Lunatic asylums Madras 1892-1911 - 1892-1911
Year: 1892
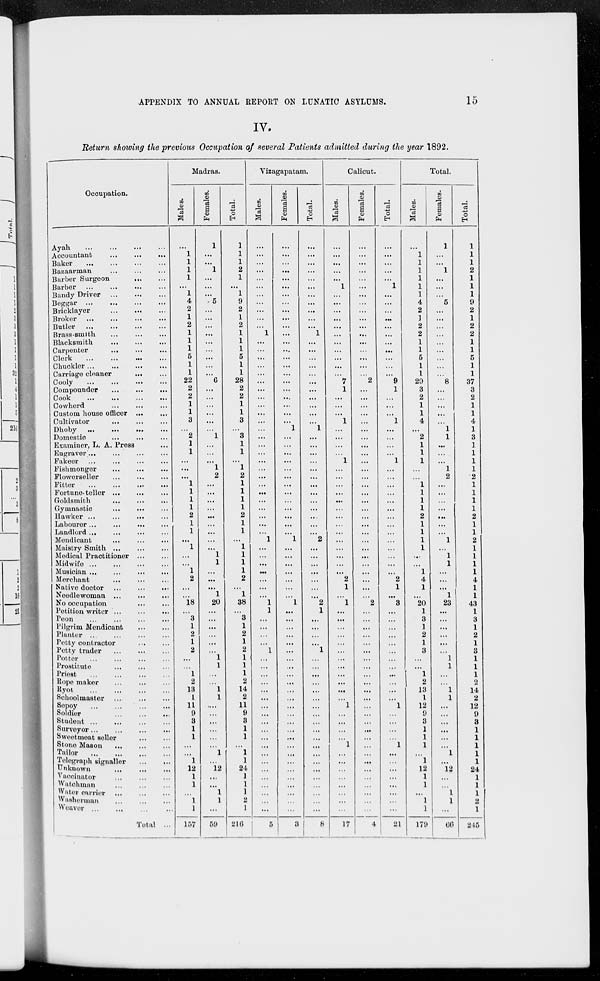
APPENDIX TO ANNUAL REPORT ON LUNATIC ASYLUMS.
15
IV.
Return showing the previous Occupation of several Patients admitted during the year 1892.
Occupation.
Ayah
...
...
...
...
Accountant
...
...
...
Baker ... ... ... ...
Bazaarman ... ... ...
Barber Surgeon
...
...
Barber
...
...
...
...
Bandy Driver ... ... ...
Beggar
...
...
...
...
Bricklayer
...
... ...
Broker ... ... ... ...
Butler
...
...
...
...
Brass-smith
...
...
...
Blacksmith ... ... ...
Carpenter
... ... ...
Clerk
...
...
...
...
Chuckler
...
...
...
...
Carriage cleaner
... ...
Cooly
...
...
...
...
Compounder
...
...
...
Cook
...
...
...
...
Cowherd ... ... ...
Custom house officer ... ...
Cultivator ... ... ...
Dhoby
...
...
... ...
Domestic ... ... ...
Examiner, L. A. Press ...
Engraver ... ... ... ...
Fakeer ... ... ... ...
Fishmonger ... ... ...
Flowerseller ... ... ...
Fitter
...
...
...
...
Fortune-teller ... ... ...
Goldsmith ... ... ...
Gymnastic
...
... ...
Hawker ...
...
... ...
Labourer ... ... ... ...
Landlord ...
...
... ...
Mendicant ... ... ...
Maistry Smith ... ... ...
Medical Practitioner ... ...
Midwife
...
...
...
...
Musician ... ... ... ...
Merchant
... ... ...
Native doctor
...
...
...
Needlewoman ... ... ...
No occupation ... ...
Petition writer ... ... ...
Peon ... ... ... ...
Pilgrim Mendicant ... ...
Planter ... ... ... ...
Petty contractor ... ...
Petty trader ... ... ...
Potter
...
...
...
...
Prostitute
...
...
...
Priest ... ... ... ...
Rope maker ... ... ...
Ryot ... ... ... ...
Schoolmaster ... ... ...
Sepoy
...
...
...
...
Soldier ... ... ...
Student
...
...
...
...
Surveyor ...
...
...
...
Sweetmeat seller
...
...
Stone Mason
...
...
...
Tailor
...
...
...
...
Telegraph signaller
...
...
Unknown ... ... ...
Vaccinator ... ... ...
Watchman
...
...
...
Water carrier ... ... ...
Washerman
...
...
...
Weaver ... ... ... ...
Total ...
Madras.
Males.
...
1
1
1
1
...
1
4
2
1
2
1
1
1
5
1
1
22
2
2 1
1
3
...
2
1
1
...
...
...
1
1
1
1
2
1
1
...
1
...
...
1
2
...
...
18
...
3
1
2
1
2
...
...
1
2
13
1
11
9
3
1
1
...
...
1
12
1
1
...
1
1
157
Females.
1
...
...
1
...
...
...
5
...
...
...
...
...
...
...
...
...
6
...
...
...
...
...
...
1
...
...
...
1
2
...
...
...
...
...
...
...
...
...
1
1
...
...
...
1
20
...
...
...
...
...
...
1
1
...
...
1
1
...
...
...
...
...
...
1
...
12
...
...
1
1
...
59
Total.
1
1
1
2
1
...
1
9
2
1
2
1
1
1
5
1
1
28
2
2
1
1
3
...
3
1
1
...
1
2
1
1
1
1
2
1
1
...
1
1
1
1
2
...
1
38
...
3
1
2
1
2
1
1
1
2
14
2
11
9
3
1
1
...
1
1
24
1
1
1
2
1
216
Vizagapatam.
Males.
...
...
...
...
...
...
...
...
...
...
...
1
...
...
...
...
...
...
...
...
...
...
...
...
...
...
...
...
...
...
...
...
...
...
...
...
...
1
...
...
...
...
...
...
...
1
1
...
...
...
...
1
...
...
...
...
...
...
...
...
...
...
...
...
...
...
...
...
...
...
...
...
5
Females.
...
...
...
...
...
...
...
...
...
...
...
...
...
...
...
...
...
...
...
...
...
...
...
1
...
...
...
...
...
...
...
...
...
...
...
...
...
1
...
...
...
...
...
...
...
1
...
...
...
...
...
...
...
...
...
...
...
...
...
...
...
...
...
...
...
...
...
...
...
...
...
...
3
Total.
...
...
...
...
...
...
...
...
...
...
...
1
...
...
...
...
...
...
...
...
...
...
...
1
...
...
...
...
...
...
...
...
...
...
...
...
...
2
...
...
...
...
...
...
...
2
1
...
...
...
...
1
...
...
...
...
...
...
...
...
...
...
...
...
...
...
...
...
...
...
...
...
8
Calicut.
Males.
...
...
...
...
...
1
...
...
...
...
...
...
...
...
...
...
...
7
1
...
...
...
1
...
...
...
...
1
...
...
...
...
...
...
...
...
...
...
...
...
...
...
2
1
...
1
...
...
...
...
...
...
...
...
...
...
...
...
1
...
...
...
...
1
...
...
...
...
...
...
...
...
17
Females.
...
...
...
...
...
...
...
...
...
...
...
...
...
...
...
...
...
2
...
...
...
...
...
...
...
...
...
...
...
...
...
...
...
...
...
...
...
...
...
...
...
...
...
...
...
2
...
...
...
...
...
...
...
...
...
...
...
...
...
...
...
...
...
...
...
...
...
...
...
...
...
...
4
Total.
...
...
...
...
...
1
...
...
...
...
...
...
...
...
...
...
...
9
1
...
...
...
1
...
...
...
...
1
...
...
...
...
...
...
...
...
...
...
...
...
...
...
2
1
...
3
...
...
...
...
...
...
...
...
...
...
...
...
1
...
...
...
...
1
...
...
...
...
...
...
...
...
21
Total.
Males.
...
1
1
1
1
1
1
4
2
1
2
2
1
1
5
1
1
29
3
2
1
1
4
...
2
1
1
1
...
...
1
1
1
1
2
1
1
1
1
...
...
1
4
1
...
20
1
3
1
2
1
3
...
...
1
2
13
1
12
9
3
1
1
1
...
1
12
1
1
...
1
1
179
Females.
1
...
...
1
...
...
...
5
...
...
...
...
...
...
...
...
...
8
...
...
...
...
...
1
1
...
...
...
1
2
...
...
...
...
...
...
...
1
...
1
1
...
...
...
1
23
...
...
...
...
...
...
1
1
...
...
1
1
...
...
...
...
...
...
1
...
12
...
...
1
1
...
66
Total.
1
1
1
2
1
1
1
9
2
1
2
2
1
1
5
1
1
37
3
2
1
1
4
1
3
1
1
1
1
2
1
1
1
1
2
1
1
2
1
1
1
1
4
1
1
43
1
3
1
2
1
3
1
1
1
2
14
2
12
9
3
1
1
1
1
1
24
1
1
1
2
1
245